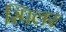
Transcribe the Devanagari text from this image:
स्पिलर